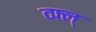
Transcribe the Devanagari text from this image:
व्फ्ल्